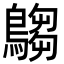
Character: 𪄞